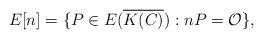
LaTeX: \begin{align*}E[n]=\{P\in{E(\overline{K(C)})}:nP=\mathcal{O}\},\end{align*}